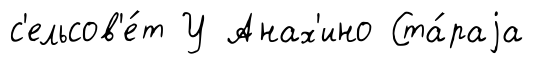
с'ельсов'е́т У Анах'ино Ста́раjа